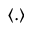
\langle . \rangle